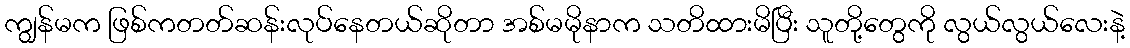
ကျွန်မက ဖြစ်ကတတ်ဆန်းလုပ်နေတယ်ဆိုတာ အစ်မမိုနာက သတိထားမိပြီး သူတို့တွေကို လွယ်လွယ်လေးနဲ့